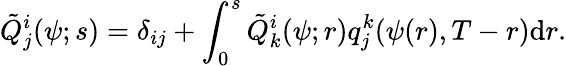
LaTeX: \tilde{Q}_{j}^{i}(\psi;s)=\delta_{ij}+\int_{0}^{s}\tilde{Q}_{k}^{i}(\psi;r)q_{j}^{k}(\psi(r),T-r)\textrm{d}r.